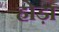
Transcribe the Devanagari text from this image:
होड़ा